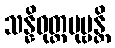
သန္နိဝုတ္ထပုဗ္ဗန္တိ